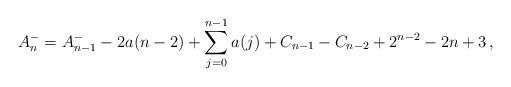
LaTeX: \begin{align*}A_n^-=A_{n-1}^- -2a(n-2)+\sum_{j=0}^{n-1}a(j) +C_{n-1}-C_{n-2}+2^{n-2}-2n+3\,,\end{align*}